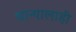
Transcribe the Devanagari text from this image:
धान्यालाही